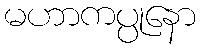
မဟာကပ္ပုနော